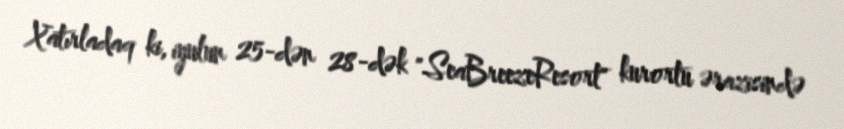
Xatırladaq ki, iyulun 25-dən 28-dək "SeaBreezeResort" kurortu ərazisində